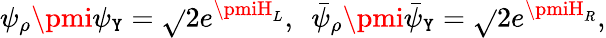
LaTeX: \psi_{\rho}\pmi\psi_{\mathtt{Y}}=\sqrt{}{{2}}e^{\pmiH_{L}},~~\bar{{\psi}}_{\rho}\pmi\bar{{\psi}}_{\mathtt{Y}}=\sqrt{}{{2}}e^{\pmiH_{R}},